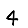
Digit: 4